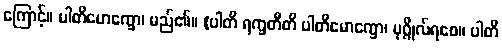
ကြောင့်။ ပါတိမောက္ခော၊ မည်၏။ (ပါတိ ရက္ခတီတိ ပါတိမောက္ခော၊ ပုဂ္ဂိုလ်ရစေ။ ပါတိ